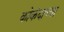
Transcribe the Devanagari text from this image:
कोकंदाच्या